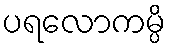
ပရလောကမ္ပိ